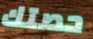
حصتك